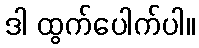
ဒါ ထွက်ပေါက်ပါ။